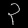
Digit: ၃